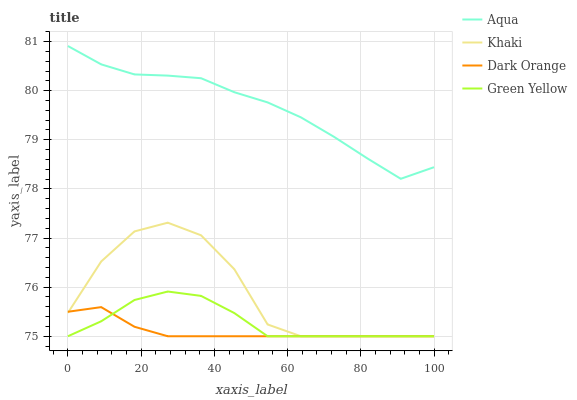
| xaxis_label | Aqua | Khaki | Dark Orange | Green Yellow |
 | --- | --- | --- | --- | --- |
 | 0 | 80.9 | 75.5 | 75.5 | 75 |
 | 9.09 | 80.5 | 76.5 | 75.6 | 75.3 |
 | 18.2 | 80.3 | 77.1 | 75.2 | 75.7 |
 | 27.3 | 80.3 | 77.3 | 75 | 75.9 |
 | 36.4 | 80.3 | 77.1 | 75 | 75.8 |
 | 45.5 | 80 | 76.4 | 75 | 75.5 |
 | 54.5 | 79.8 | 75.2 | 75 | 75 |
 | 63.6 | 79.5 | 75 | 75 | 75 |
 | 72.7 | 79.1 | 75 | 75 | 75 |
 | 81.8 | 78.6 | 75 | 75 | 75 |
 | 90.9 | 78.2 | 75 | 75 | 75 |
 | 100 | 78.4 | 75 | 75 | 75 |